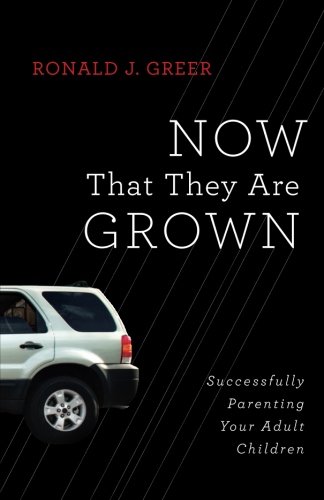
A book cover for Now That They Are Grown: Successfully Parenting Your Adult Children; Ronald J. Greer; Parenting & Relationships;